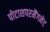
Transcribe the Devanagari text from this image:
पोटाशपरमैंगनेट